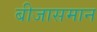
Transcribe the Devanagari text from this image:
बीजासमान